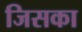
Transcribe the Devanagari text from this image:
जिसका